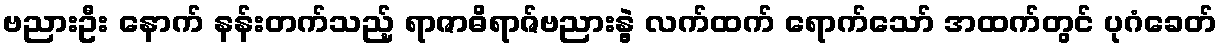
ဗညားဦး နောက် နန်းတက်သည့် ရာဇာဓိရာဇ်ဗညားနွဲ့ လက်ထက် ရောက်သော် အထက်တွင် ပုဂံခေတ်